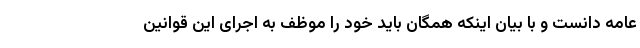
عامه دانست و با بیان اینکه همگان باید خود را موظف به اجرای این قوانین